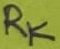
Text: RK